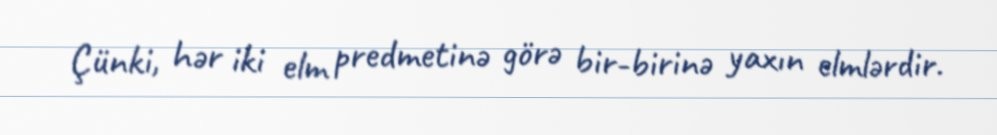
Çünki, hər iki elm predmetinə görə bir-birinə yaxın elmlərdir.